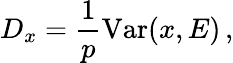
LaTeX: D_{x}=\frac{1}{p}\mathrm{Var}(x,E)\, ,